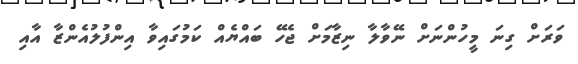
ވަރަށް ގިނަ މީހުންނަށް ނޭވާލާ ނިޒާމަށް ޖެހޭ ބައްޔެއް ކަމުގައިވާ އިންފުލުއެންޒާ އާއި